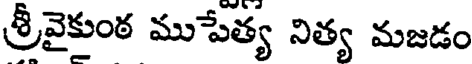
శ్రీవైకుంఠ ముపేత్య నిత్య మజడం